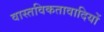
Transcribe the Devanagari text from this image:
वास्तविकतावादियों